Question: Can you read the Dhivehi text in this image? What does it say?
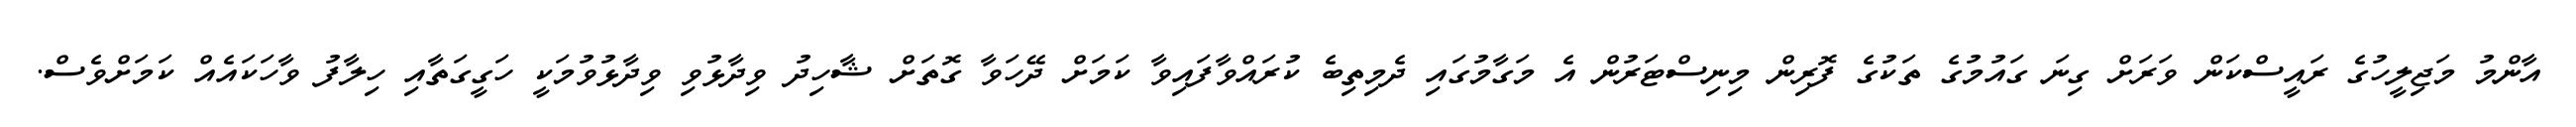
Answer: އާންމު މަޖިލީހުގެ ރައީސްކަން ވަރަށް ގިނަ ގައުމުގެ ތަކުގެ ފޮރިން މިނިސްޓަރުން އެ މަގާމުގައި ދެމިތިބެ ކުރައްވާފައިވާ ކަމަށް ދޭހަވާ ގޮތަށް ޝާހިދު ވިދާޅުވި ވިދާޅުވުމަކީ ހަގީގަތާއި ހިލާފު ވާހަކައެއް ކަމަށްވެސް.